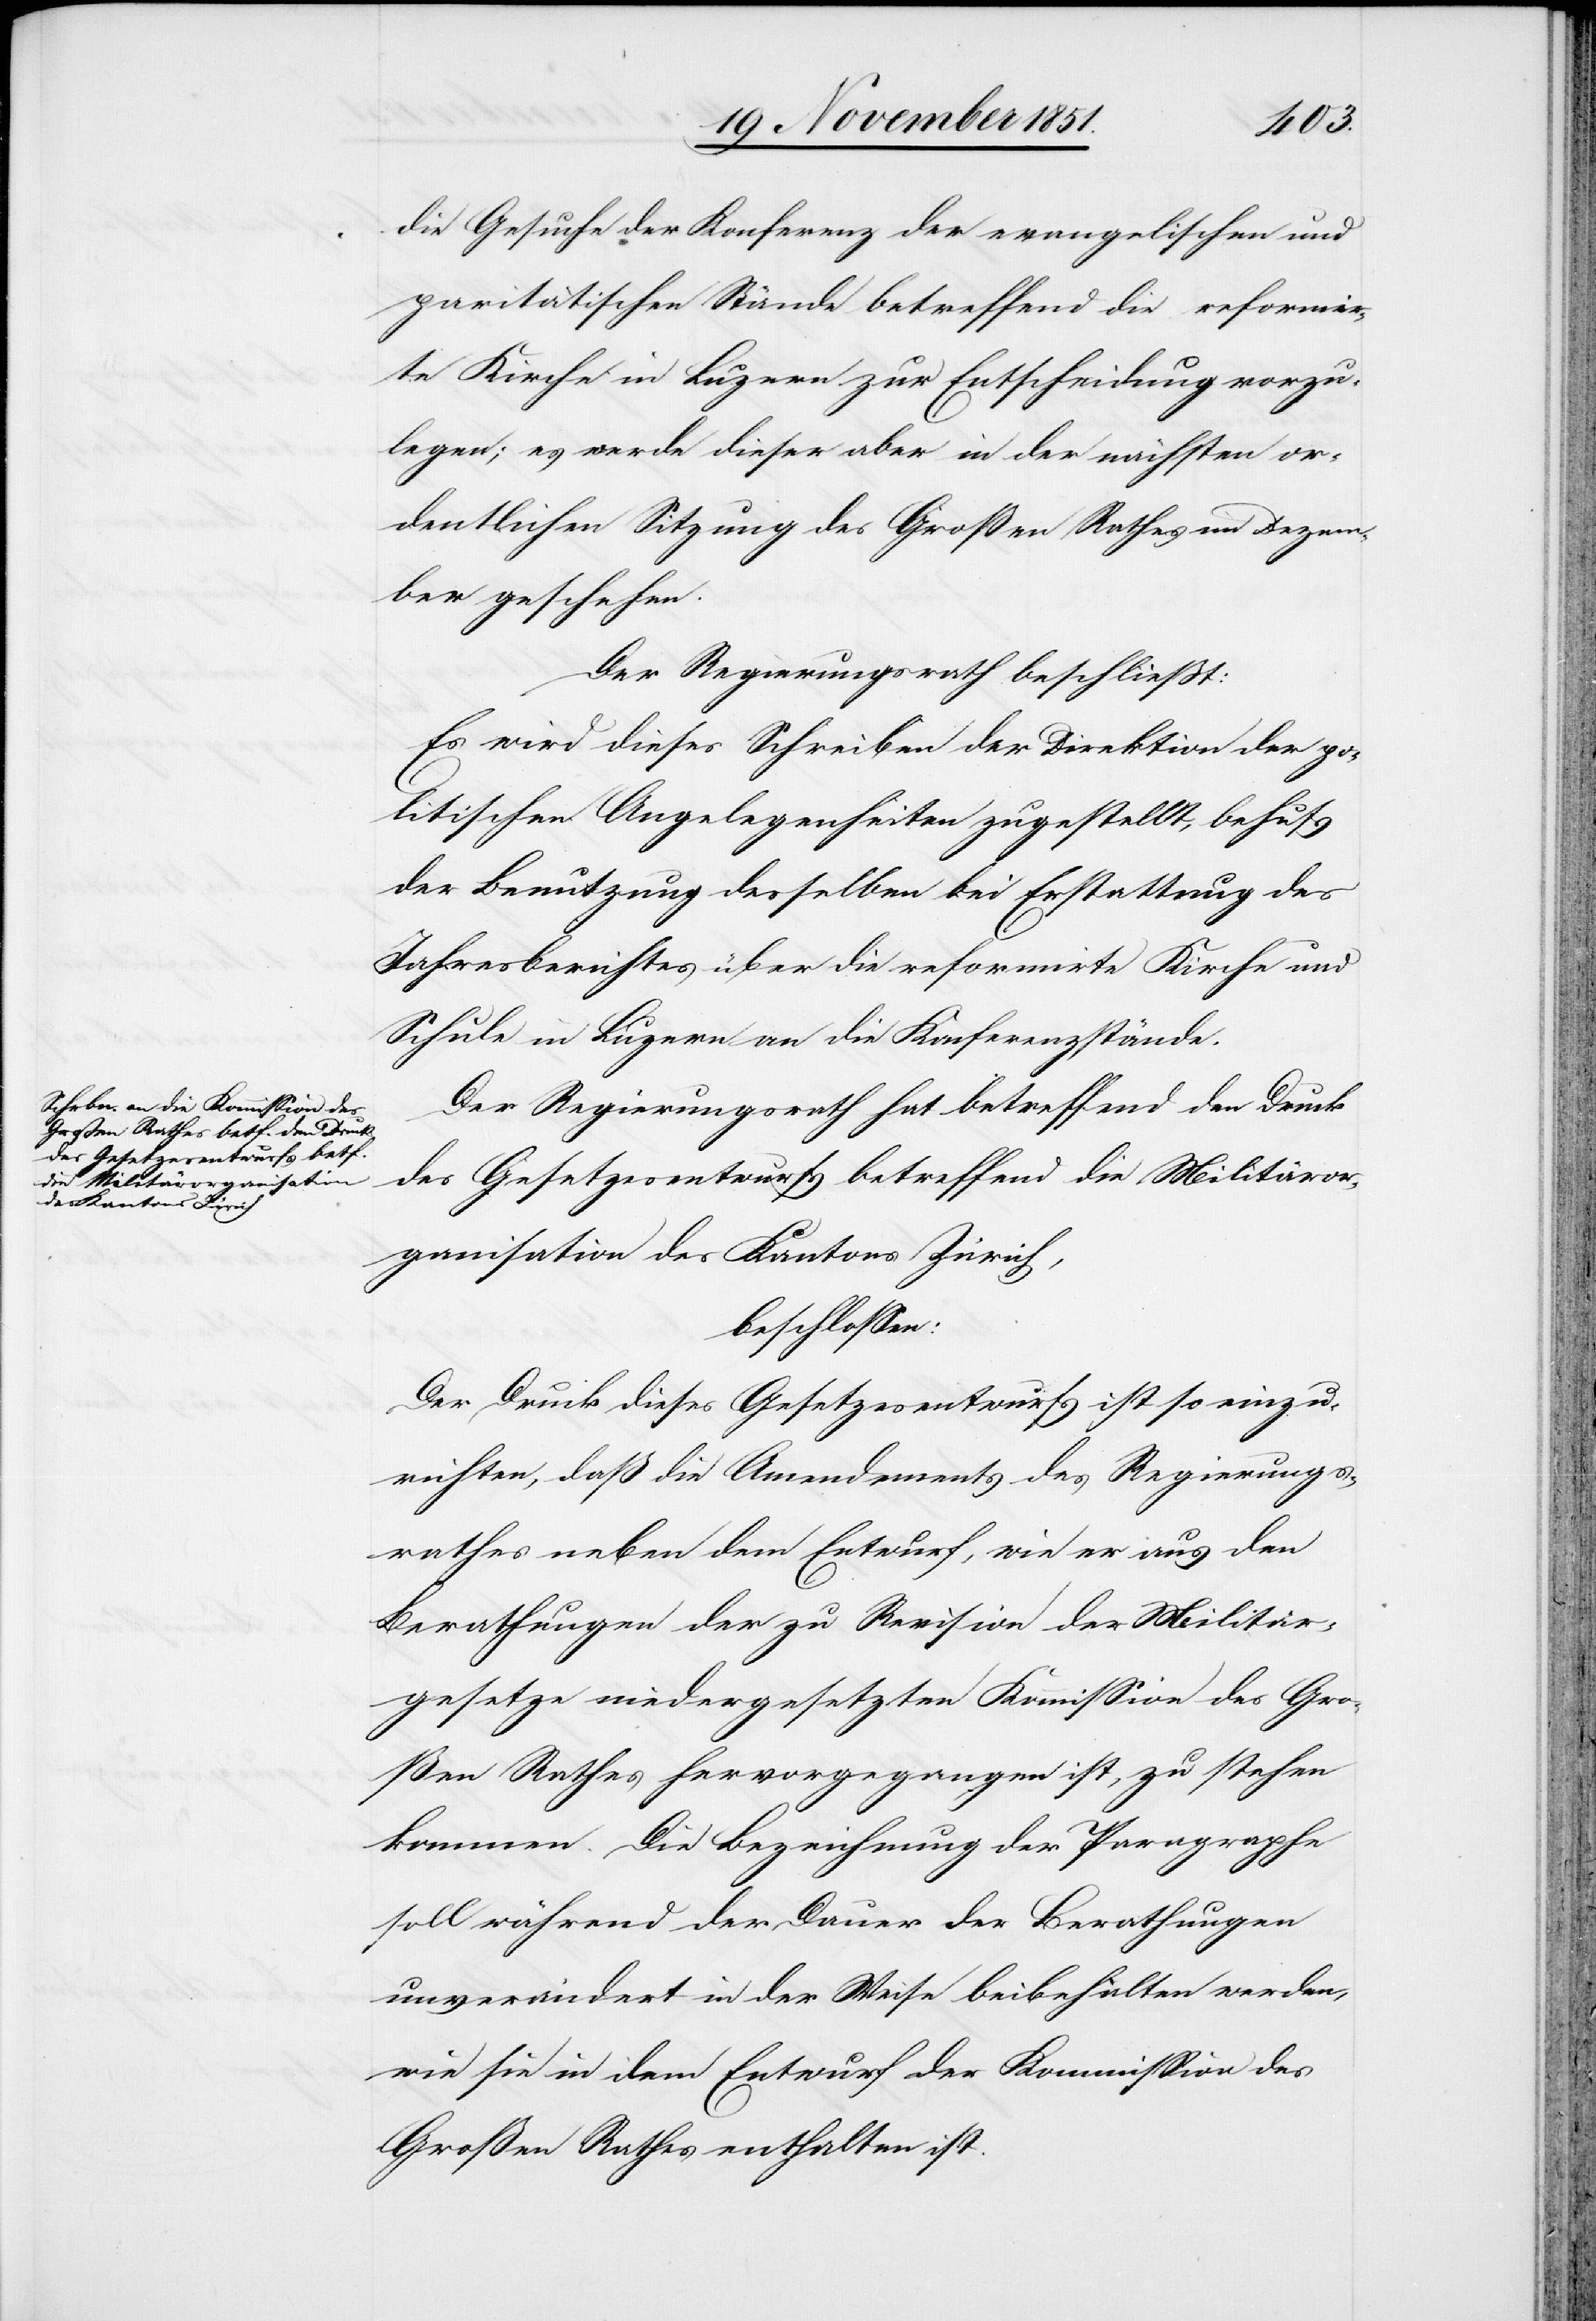
die Gesuche der Konferenz der evangelischen und
paritätischen Stände betreffend die reformir¬
te Kirche in Luzern zur Entscheidung vorzu¬
legen; es werde dieser aber in der nächsten or¬
dentlichen Sitzung des Großen Rathes im Dezem¬
ber geschehen.
Der Regierungsrath beschließt:
Es wird dieses Schreiben der Direktion der po¬
litischen Angelegenheiten zugestellt, behufs
der Benutzung desselben bei Erstattung des
Jahresberichtes über die reformirte Kirche und
Schule in Luzern an die Konferenzstände.
Der Regierungsrath hat betreffend den Druck
des Gesetzesentwurfs betreffend die Militäror¬
ganisation des Kantons Zürich,
beschlossen:
Der Druck dieses Gesetzesentwurfs ist so einzu¬
richten, daß die Amendements des Regierungs¬
rathes neben dem Entwurf, wie er aus den
Berathungen der zu Revision der Militär¬
gesetze niedergesetzten Kommission des Gro¬
ßen Rathes hervorgegangen ist, zu stehen
kommen. Die Bezeichnung der Paragraphe[n]
soll während der Dauer der Berathungen
unverändert in der Weise beibehalten werden,
wie sie in dem Entwurf der Kommission des
Großen Rathes enthalten ist.